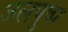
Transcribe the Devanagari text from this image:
जलपुष्प